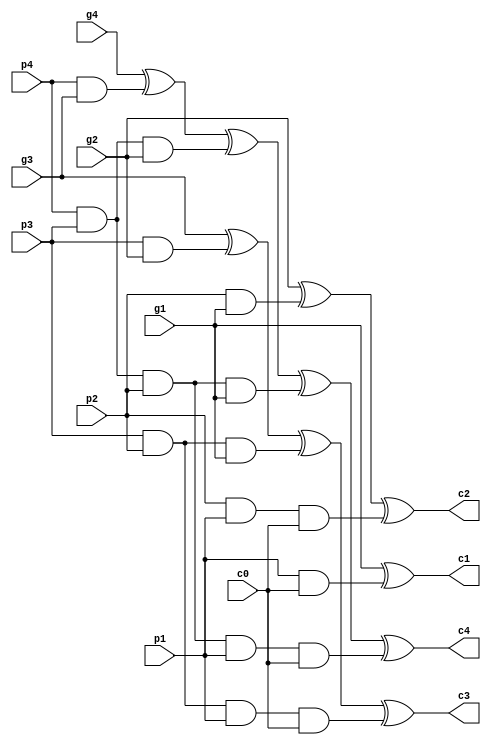
/******************4CLA************************/
module CLA(c0,c1,c2,c3,c4,p1,p2,p3,p4,g1,g2,g3,g4);
   
	 input c0,g1,g2,g3,g4,p1,p2,p3,p4;
	 output c1,c2,c3,c4;
	 
	 assign c1 = g1 ^ (p1 & c0),
	        c2 = g2 ^ (p2 & g1) ^ (p2 & p1 & c0),
			c3 = g3 ^ (p3 & g2) ^ (p3 & p2 & g1) ^ (p3 & p2 & p1 & c0),
			c4 = g4^(p4&g3)^(p4&p3&g2)^(p4&p3&p2&g1)^(p4&p3&p2&p1&c0);
	 
endmodule